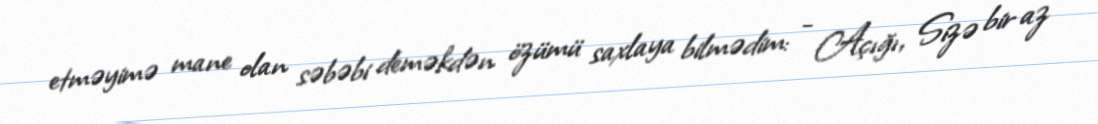
etməyimə mane olan səbəbi deməkdən özümü saxlaya bilmədim: - Açığı, Sizə bir az